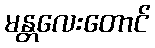
မန္တလေးတောင်